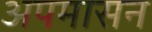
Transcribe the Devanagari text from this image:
अपमासन